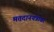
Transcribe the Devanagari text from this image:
मतदानयंत्रावर